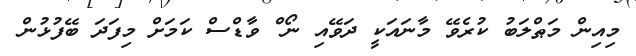
މިއިން މަޠްލަބު ކުރެވޭ މާނައަކީ ދަވޭއި ނޯ^ް ވާޑްސް ކަމަށް މިފަދަ ބޭފުޅުން